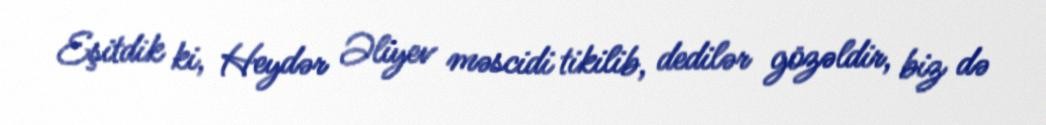
Eşitdik ki, Heydər Əliyev məscidi tikilib, dedilər gözəldir, biz də